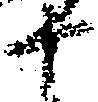
十